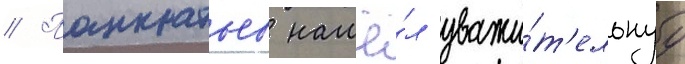
// Панкратьев нашё́л уважи́т'ельнуу